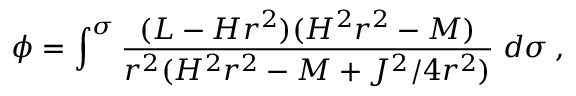
\phi = \int ^ { \sigma } \frac { ( L - H r ^ { 2 } ) ( H ^ { 2 } r ^ { 2 } - M ) } { r ^ { 2 } ( H ^ { 2 } r ^ { 2 } - M + J ^ { 2 } / 4 r ^ { 2 } ) } \; d \sigma \: ,